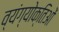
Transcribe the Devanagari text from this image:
व्यंग्योक्तिओं